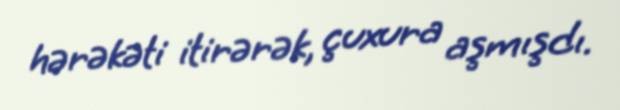
hərəkəti itirərək, çuxura aşmışdı.